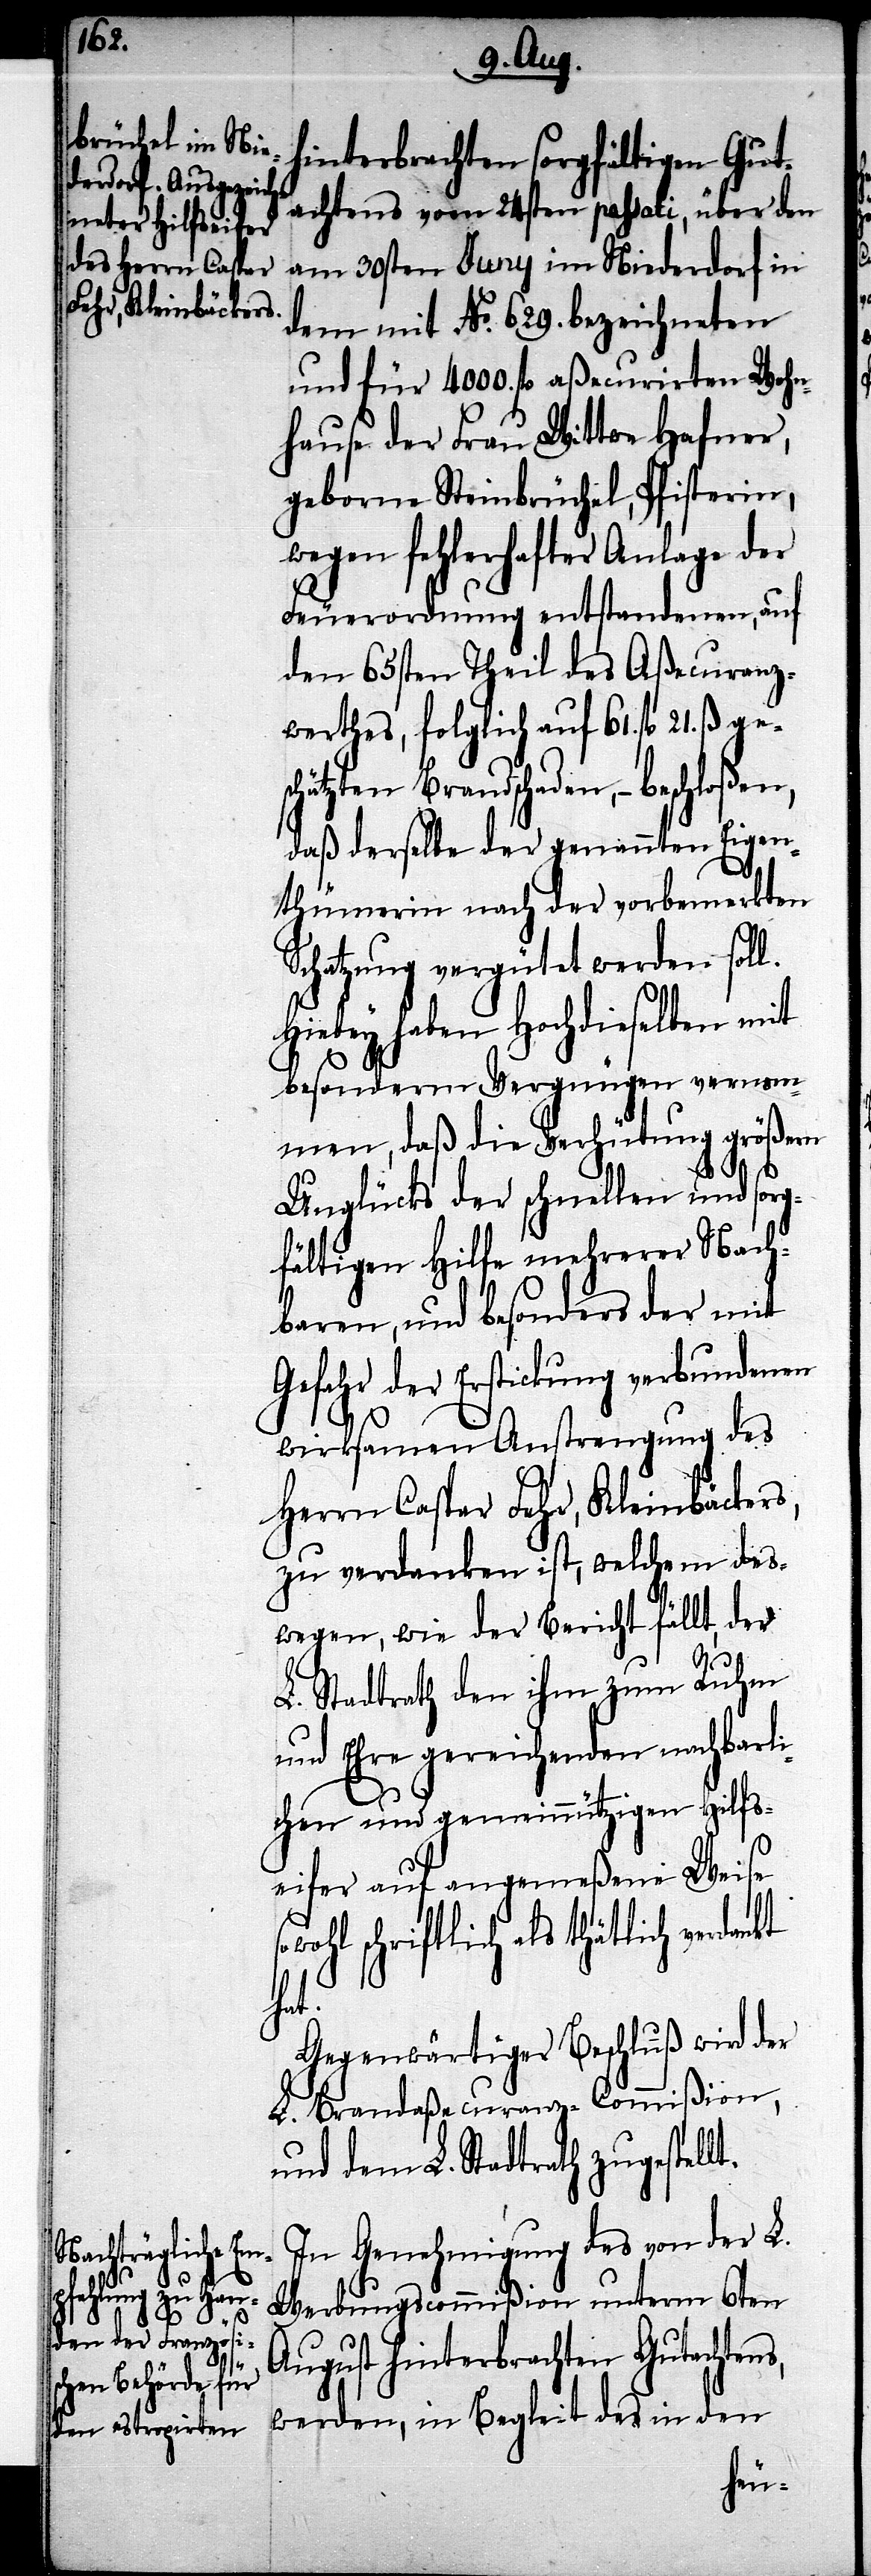
so¬

hinterbrachten sorgfältigen Gut¬
achtens vom 24sten passati, über den
am 30sten Juny im Niederdorf in
dem mit No. 629. bezeichneten
und für 4000. fl. aßecurirten Wohn¬
hause der Frau Wittwe Hafner,
geborne Steinbrüchel, Pfisterin,
wegen fehlerhafter Anlage der
Feuerordnung entstandenen, auf
den 65sten Theil des Aßecuranz¬
werthes, folglich auf 61. fl. 21.
hätzten Brandschaden, – beschloßen,
daß derselbe der genannten Eigen¬
thümerin nach der vorbemerkten
Schatzung vergütet werden soll.
Hiebey haben Hochdieselben mit
besonderm Vergnügen vernom¬
men, daß die Verhütung größern
Unglücks der schnellen und sorg¬
fältigen Hilfe mehrerer Nach¬
baren, und besonders der mit
Gefahr der Erstickung verbundenen
wirksamen Anstrengung des
Herrn Caspar Fehr, Kleinbäckers,
zu verdanken ist, welchem des¬
wegen, wie der Bericht fällt, der
L. Stadtrath den ihm zum Ruhm
und Ehre gereichenden nachbarli¬
chen und gemeinnützigen Hilfs¬
eifer auf angemeßene Weise
wohl schriftlich als thätlich
lt.
Gegenwärtiger Beschluß wird der
L. Brandaßecuranz-Commißion,
und dem L. Stadtrath zugestel¬
In Genehmigung des von der L.
Werbungscommißion unterm 6ten
August hinterbrachten Gutachtens,
werden, in Begleit des in den